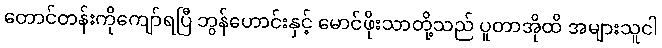
တောင်တန်းကိုကျော်ရပြီ ဘွန်ဟောင်းနှင့် မောင်ဖိုးသာတို့သည် ပူတာအိုထိ အများသူငါ